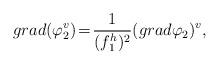
LaTeX: \begin{align*} grad(\varphi_2^v)\!=\!\frac{1}{(f_1^h)^2}(grad\varphi_2)^v,\end{align*}